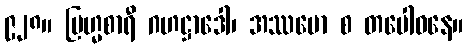
၉၂၈။ ဗြဟ္မစာရီ ဂဟဋ္ဌာဒေါ၊ အဿမော စ တပေါဝနေ။